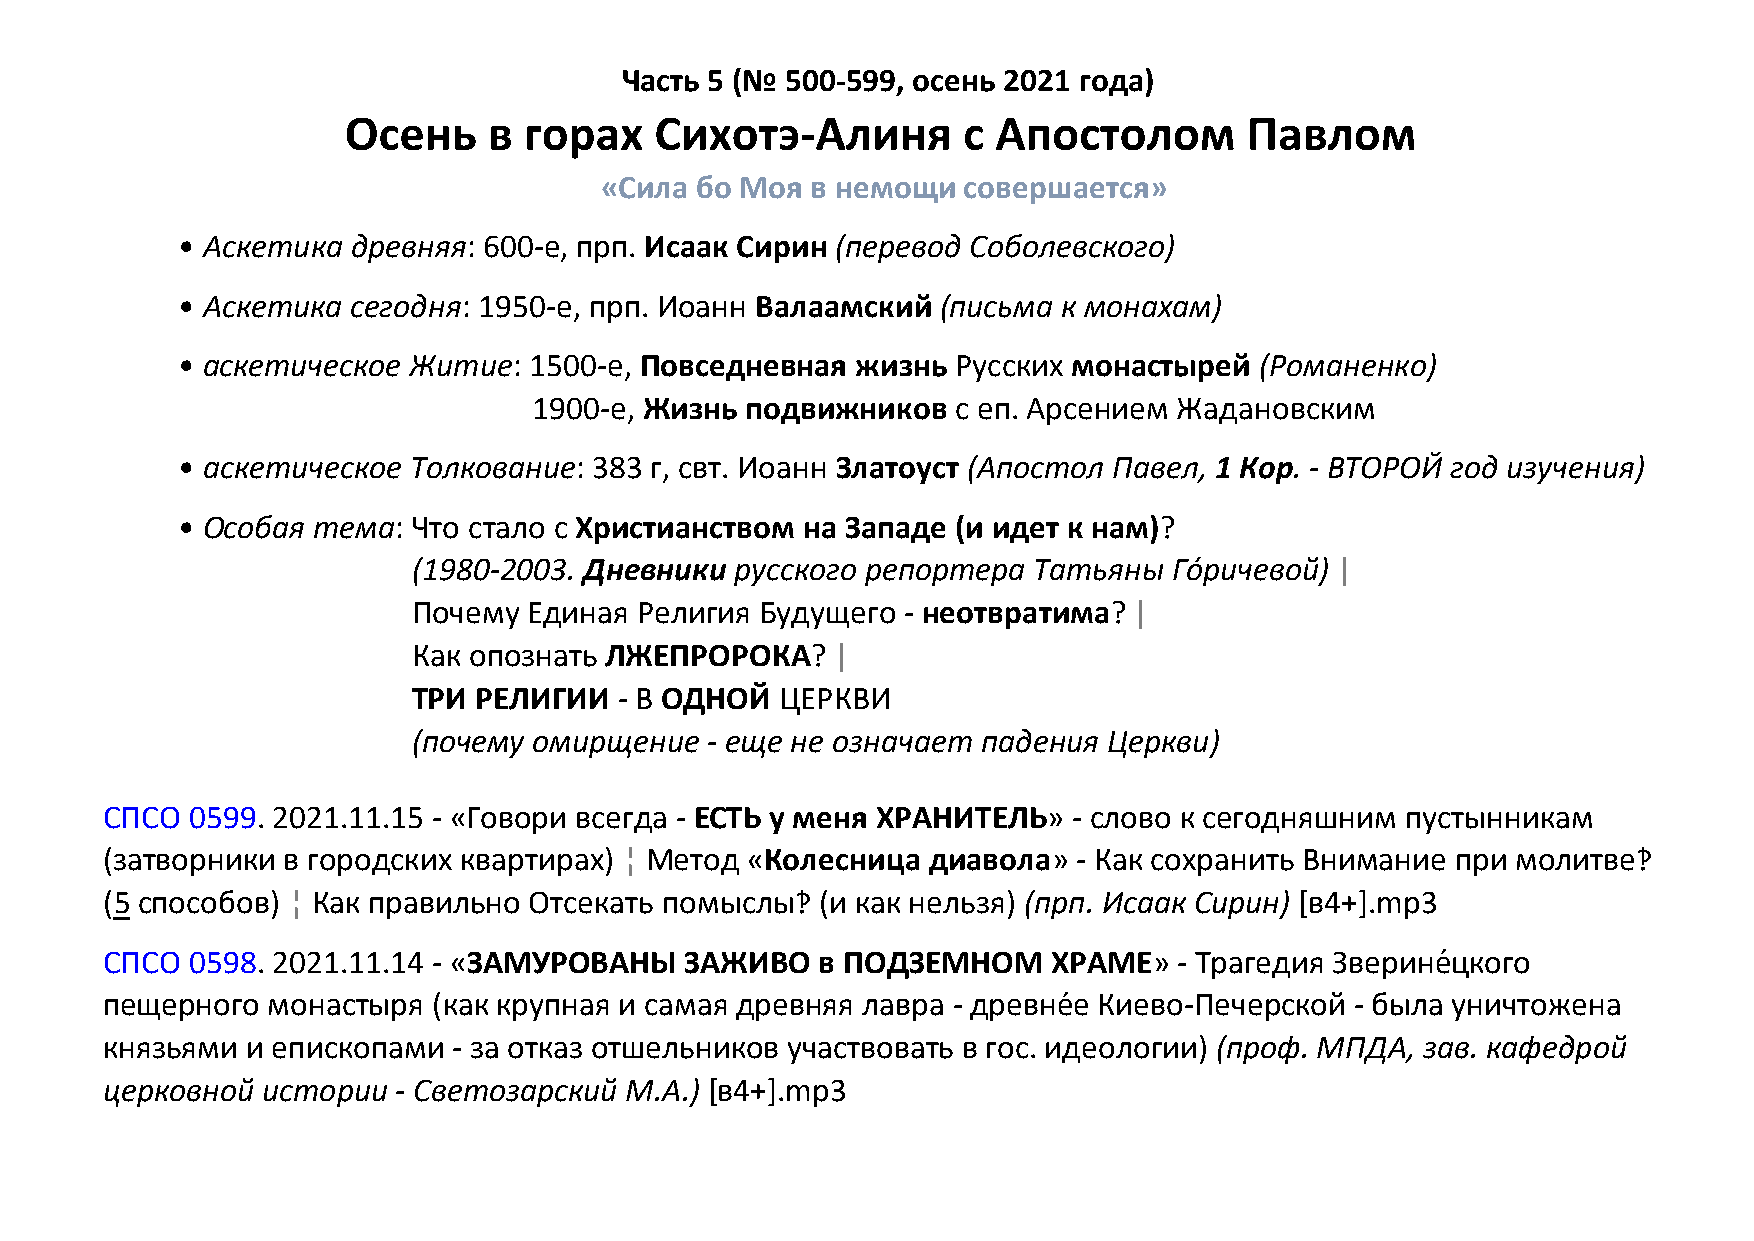
Часть 5 (№ 500-599, осень 2021 года)
 Осень    в  горах   Сихотэ-Алиня         с Апостолом        Павлом
 «Сила бо Моя  в немощи  совершается»
 • Аскетика древняя: 600-е, прп. Исаак Сирин (перевод Соболевского)
 • Аскетика сегодня: 1950-е, прп. Иоанн Валаамский (письма к монахам)
 • аскетическое Житие:  1500-е, Повседневная  жизнь Русских монастырей  (Романенко)
 1900-е, Жизнь подвижников   с еп. Арсением Жадановским
 • аскетическое Толкование: 383 г, свт. Иоанн Златоуст (Апостол Павел, 1 Кор. - ВТОРОЙ год изучения)
 • Особая тема: Что стало с Христианством на Западе (и идет к нам)?
 (1980-2003. Дневники  русского репортера Татьяны   Гор́ ичевой) |
 Почему  Единая Религия Будущего  - неотвратима? |
 Как опознать ЛЖЕПРОРОКА?    |
 ТРИ РЕЛИГИИ   - В ОДНОЙ  ЦЕРКВИ
 (почему омирщение   - еще не означает падения Церкви)
 СПСО  0599. 2021.11.15 - «Говори всегда - ЕСТЬ у меня ХРАНИТЕЛЬ» - слово к сегодняшним пустынникам
 (затворники в городских квартирах) ¦ Метод «Колесница  диавола» - Как сохранить Внимание при молитве‽
 (5 способов) ¦ Как правильно Отсекать помыслы‽ (и как нельзя) (прп. Исаак Сирин) [в4+].mp3
 СПСО  0598. 2021.11.14 - «ЗАМУРОВАНЫ  ЗАЖИВО   в ПОДЗЕМНОМ     ХРАМЕ»  - Трагедия Зверине́цкого
 пещерного  монастыря  (как крупная и самая древняя лавра - древне́е Киево-Печерской - была уничтожена
 князьями и епископами  - за отказ отшельников участвовать в гос. идеологии) (проф. МПДА, зав. кафедрой
 церковной истории  - Светозарский М.А.) [в4+].mp3